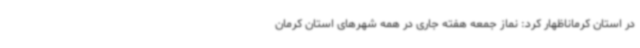
در استان کرماناظهار کرد: نماز جمعه هفته جاری در همه شهرهای استان کرمان